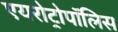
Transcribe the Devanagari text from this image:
एयरोट्रोपॉलिस